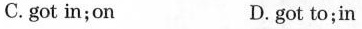
C. got in；on D. got to；in